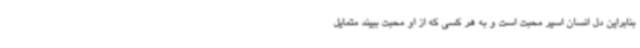
بنابراین دل انسان اسیر محبت است و به هر کسی که از او محبت ببیند متمایل